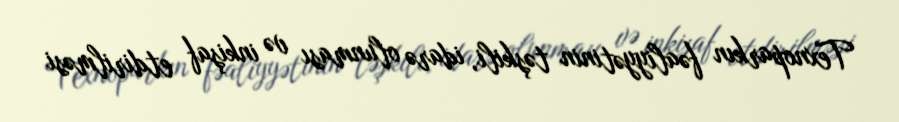
Texnoparkın fəaliyyətinin təşkili, idarə olunması və inkişaf etdirilməsi